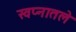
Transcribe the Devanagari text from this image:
स्वप्नातले